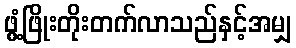
ဖွံ့ဖြိုးတိုးတက်လာသည်နှင့်အမျှ